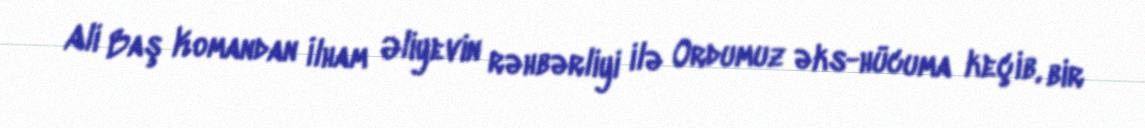
Ali Baş Komandan İlham Əliyevin rəhbərliyi ilə Ordumuz əks-hücuma keçib, bir